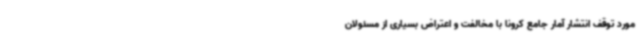
مورد توقف انتشار آمار جامع کرونا با مخالفت و اعتراض بسیاری از مسئولان